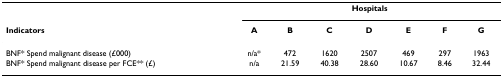
<table><thead><tr><td></td><td colspan="7"><b>Hospitals</b></td></tr><tr><td><b>Indicators</b></td><td><b>A</b></td><td><b>B</b></td><td><b>C</b></td><td><b>D</b></td><td><b>E</b></td><td><b>F</b></td><td><b>G</b></td></tr></thead><tbody><tr><td>BNF* Spend malignant disease (£000)</td><td>n/a*</td><td>472</td><td>1620</td><td>2507</td><td>469</td><td>297</td><td>1963</td></tr><tr><td>BNF* Spend malignant disease per FCE** (£)</td><td>n/a</td><td>21.59</td><td>40.38</td><td>28.60</td><td>10.67</td><td>8.46</td><td>32.44</td></tr></tbody></table>